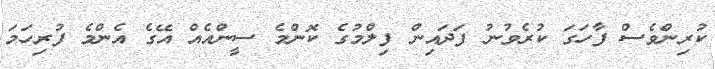
ކުރިންވެސް ފާހަގަ ކުރެވުނު ފަދައިން ފިލްމުގެ ކޮންމެ ސީންއެއް އޭގެ އެންމެ ފުރިހަމަ